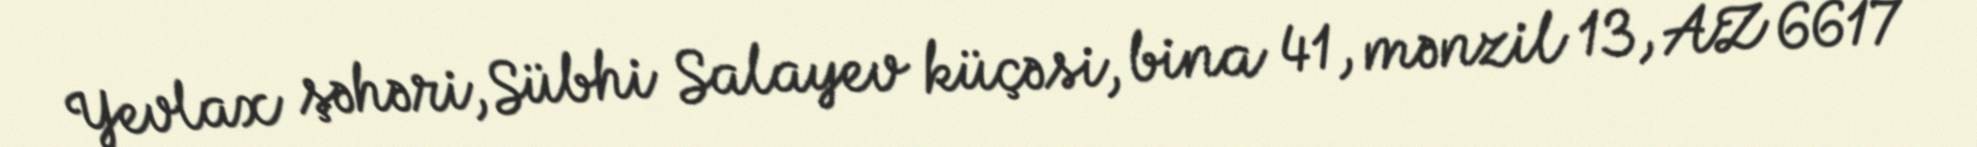
Yevlax şəhəri, Sübhi Salayev küçəsi, bina 41, mənzil 13, AZ 6617